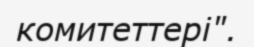
комитеттері".